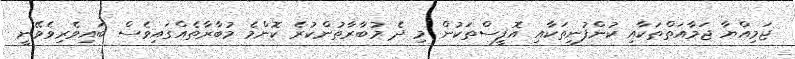
ޖަމިއްޔާ ޖަމާއަތްތަކާއި ކުންފުނިތަކާއި އޮފީސްތަކުން މި ދެ މުބާރާތުންކުރެ ކޮންމެ މުބާރާތެއްގައިވެސް ބައިވެރިވެވޭނީ